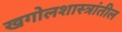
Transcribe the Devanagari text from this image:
खगोलशास्त्रांतील